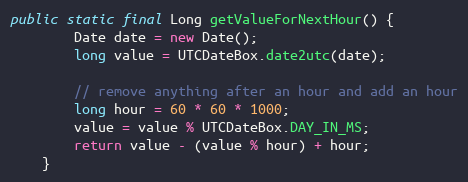
Language: Java
public static final Long getValueForNextHour() {
        Date date = new Date();
        long value = UTCDateBox.date2utc(date);

        // remove anything after an hour and add an hour
        long hour = 60 * 60 * 1000;
        value = value % UTCDateBox.DAY_IN_MS;
        return value - (value % hour) + hour;
    }